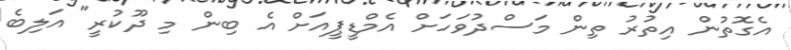
އެގޮތުން އިތުރު ތިން މަސްދުވަހަށް އެމްޑީޕީއަށް އެ ބިން މި ދޫކުރީ" އަލިބެ